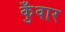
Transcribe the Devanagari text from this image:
कुँवार